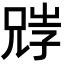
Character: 𡥺